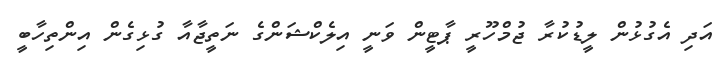
އަދި އެގުޅުން ލީޑުކުރާ ޖުމްހޫރީ ޕާޓީން ވަނީ އިލެކްޝަންގެ ނަތީޖާއާ ގުޅިގެން އިންތިހާބީ